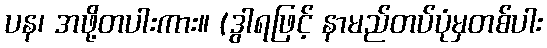
ပန၊ အဖို့တပါးကား။ (ဒွါရဖြင့် နာမည်တပ်ပုံမှတစ်ပါး